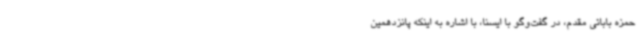
حمزه بابائی مقدم، در گفت‌وگو با ایسنا، با اشاره به اینکه پانزدهمین